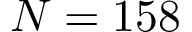
N = 1 5 8